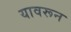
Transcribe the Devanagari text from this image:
यावरून